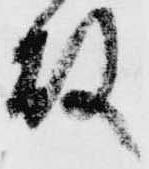
故